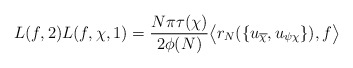
\begin{align*}L(f,2) L(f,\chi,1) = \frac{N \pi \tau(\chi)}{2 \phi(N)} \bigl\langle r_N(\{u_{\overline{\chi}},u_{\psi\chi}\}), f \bigr\rangle\end{align*}